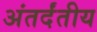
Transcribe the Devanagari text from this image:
अंतर्दंतीय